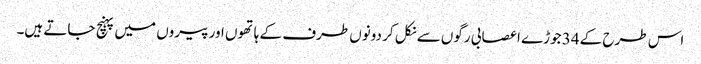
اس طرح کے 34 جوڑے اعصابی رگوں سے نکل کر دونوں طرف کے ہاتھوں اور پیروں میں پہنچ جاتے ہیں۔